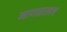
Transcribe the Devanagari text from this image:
माणसालाच